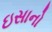
ઇસાનો